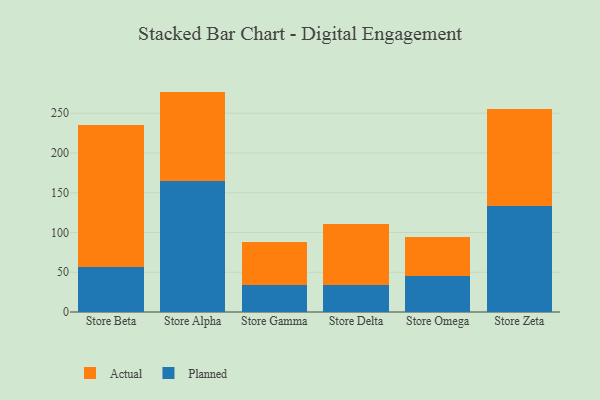
{"axis": {"x": "Store", "y": "Market Share (%)"}, "legend": ["Actual", "Planned"], "data": [{"x": "Store Beta", "y": 56.2, "type": "Planned"}, {"x": "Store Beta", "y": 178.4, "type": "Actual"}, {"x": "Store Alpha", "y": 165.0, "type": "Planned"}, {"x": "Store Alpha", "y": 112.2, "type": "Actual"}, {"x": "Store Gamma", "y": 33.4, "type": "Planned"}, {"x": "Store Gamma", "y": 54.1, "type": "Actual"}, {"x": "Store Delta", "y": 34.0, "type": "Planned"}, {"x": "Store Delta", "y": 76.3, "type": "Actual"}, {"x": "Store Omega", "y": 45.4, "type": "Planned"}, {"x": "Store Omega", "y": 48.5, "type": "Actual"}, {"x": "Store Zeta", "y": 133.1, "type": "Planned"}, {"x": "Store Zeta", "y": 122.1, "type": "Actual"}]}